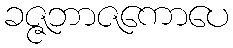
ခဇ္ဇဘာဇကောပေ